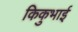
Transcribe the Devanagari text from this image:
किकुभाई